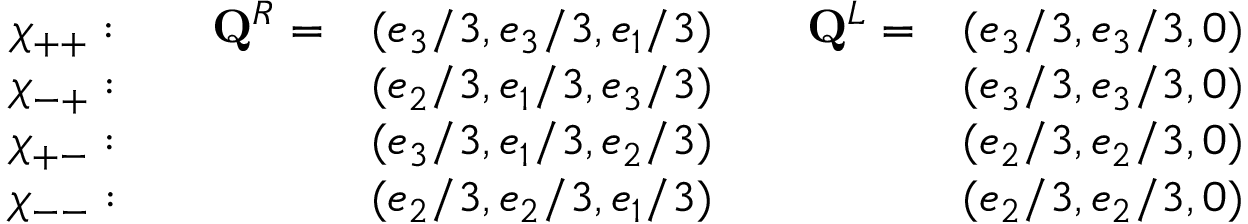
\begin{array} { c c c c c } { { \chi _ { + + } : \quad } } & { { { \bf Q } ^ { R } = } } & { { ( e _ { 3 } / 3 , e _ { 3 } / 3 , e _ { 1 } / 3 ) \quad } } & { { { \bf Q } ^ { L } = } } & { { ( e _ { 3 } / 3 , e _ { 3 } / 3 , 0 ) } } \\ { { \chi _ { - + } : \quad } } & { { } } & { { ( e _ { 2 } / 3 , e _ { 1 } / 3 , e _ { 3 } / 3 ) \quad } } & { { } } & { { ( e _ { 3 } / 3 , e _ { 3 } / 3 , 0 ) } } \\ { { \chi _ { + - } : \quad } } & { { } } & { { ( e _ { 3 } / 3 , e _ { 1 } / 3 , e _ { 2 } / 3 ) \quad } } & { { } } & { { ( e _ { 2 } / 3 , e _ { 2 } / 3 , 0 ) } } \\ { { \chi _ { -- } : \quad } } & { { } } & { { ( e _ { 2 } / 3 , e _ { 2 } / 3 , e _ { 1 } / 3 ) \quad } } & { { } } & { { ( e _ { 2 } / 3 , e _ { 2 } / 3 , 0 ) } } \end{array}